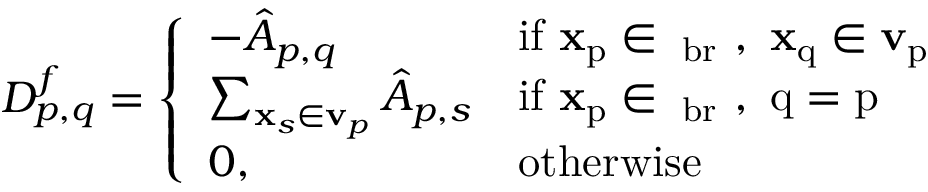
D _ { p , q } ^ { f } = \left\{ \begin{array} { l l } { - \hat { A } _ { p , q } } & { \mathrm { i f ~ \mathbf { x } _ p \in \Omega _ { b r } ~ , ~ \mathbf { x } _ q \in \mathbf { v } _ p ~ } } \\ { \sum _ { \mathbf { x } _ { s } \in \mathbf { v } _ { p } } \hat { A } _ { p , s } } & { \mathrm { i f ~ \mathbf { x } _ p \in \Omega _ { b r } ~ , ~ q = p ~ } } \\ { 0 , } & { \mathrm { o t h e r w i s e } } \end{array} \right.